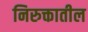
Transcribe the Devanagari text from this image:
निरुक्तातील